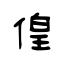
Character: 偟